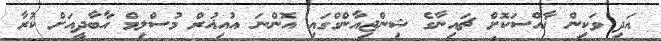
އަދި ވަކިން ޚާއްސަކޮށް ޗައިނާގެ ޝިންޖިއާންގްގައި އޮންނަ އުއިޣުރް މުސްލިމް އާބާދީއަށް ކުރާ